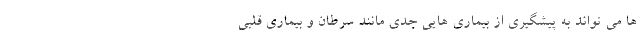
ها می تواند به پیشگیری از بیماری هایی جدی مانند سرطان و بیماری قلبی